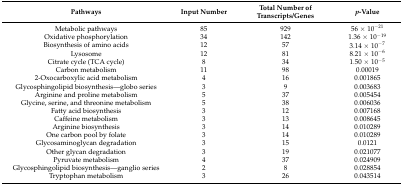
<table><thead><tr><td><b>Pathways</b></td><td><b>Input Number</b></td><td><b>Total Number of Transcripts/Genes</b></td><td><b><i>p</i>-Value</b></td></tr></thead><tbody><tr><td>Metabolic pathways</td><td>85</td><td>929</td><td>56 × 10<sup>−21</sup></td></tr><tr><td>Oxidative phosphorylation</td><td>34</td><td>142</td><td>1.36 × 10<sup>−19</sup></td></tr><tr><td>Biosynthesis of amino acids</td><td>12</td><td>57</td><td>3.14 × 10<sup>−7</sup></td></tr><tr><td>Lysosome</td><td>12</td><td>81</td><td>8.21 × 10<sup>−6</sup></td></tr><tr><td>Citrate cycle (TCA cycle)</td><td>8</td><td>34</td><td>1.50 × 10<sup>−5</sup></td></tr><tr><td>Carbon metabolism</td><td>11</td><td>98</td><td>0.00019</td></tr><tr><td>2-Oxocarboxylic acid metabolism</td><td>4</td><td>16</td><td>0.001865</td></tr><tr><td>Glycosphingolipid biosynthesis—globo series</td><td>3</td><td>9</td><td>0.003683</td></tr><tr><td>Arginine and proline metabolism</td><td>5</td><td>37</td><td>0.005454</td></tr><tr><td>Glycine, serine, and threonine metabolism</td><td>5</td><td>38</td><td>0.006036</td></tr><tr><td>Fatty acid biosynthesis</td><td>3</td><td>12</td><td>0.007168</td></tr><tr><td>Caffeine metabolism</td><td>3</td><td>13</td><td>0.008645</td></tr><tr><td>Arginine biosynthesis</td><td>3</td><td>14</td><td>0.010289</td></tr><tr><td>One carbon pool by folate</td><td>3</td><td>14</td><td>0.010289</td></tr><tr><td>Glycosaminoglycan degradation</td><td>3</td><td>15</td><td>0.0121</td></tr><tr><td>Other glycan degradation</td><td>3</td><td>19</td><td>0.021077</td></tr><tr><td>Pyruvate metabolism</td><td>4</td><td>37</td><td>0.024909</td></tr><tr><td>Glycosphingolipid biosynthesis—ganglio series</td><td>2</td><td>8</td><td>0.028854</td></tr><tr><td>Tryptophan metabolism</td><td>3</td><td>26</td><td>0.043514</td></tr></tbody></table>